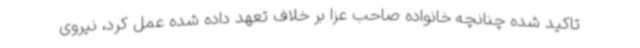
تاکید شده چنانچه خانواده صاحب عزا بر خلاف تعهد داده شده عمل کرد، نیروی